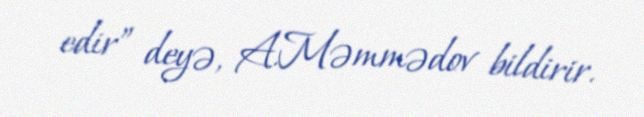
edir” deyə, A.Məmmədov bildirir.